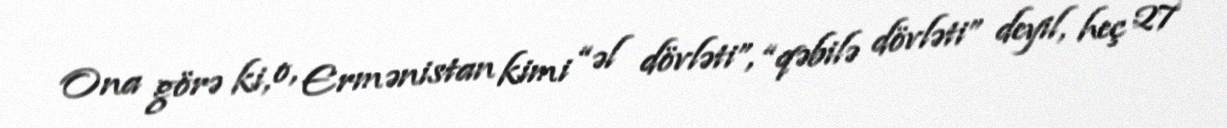
Ona görə ki, o, Ermənistan kimi “əl dövləti”, “qəbilə dövləti” deyil, heç 27